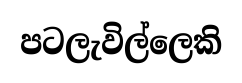
පටලැවිල්ලෙකි